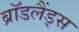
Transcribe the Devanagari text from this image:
ब्रॉडलैंड्स